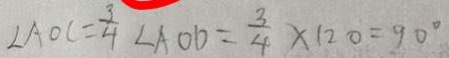
\angle A O C = \frac { 3 } { 4 } \angle A O D = \frac { 3 } { 4 } \times 1 2 0 = 9 0 ^ { \circ }